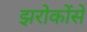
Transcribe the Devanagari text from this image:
झरोकोंसे